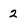
Character: 2